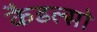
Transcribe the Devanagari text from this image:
कैडल्सो